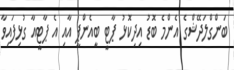
ބަންގްލަދޭޝްގެ އެންމެ ބޮޑު އިދިކޮޅު ޕާޓީ ބީއެންޕީ އާއި އެ ޕާޓީއާ ގުޅިފައިވާ